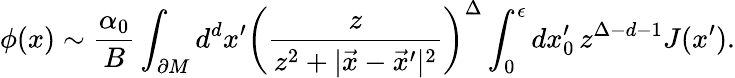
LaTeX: \phi(x)\sim{\frac{\alpha_{0}}{B}}\int_{\partial M}d^{d}x^{\prime}\left(\frac{z}{z^{2}+|\vec{x}-\vec{x}^{\prime}|^{2}}\right)^{\Delta}\int_{0}^{\epsilon}dx_{0}^{\prime}\, {z}^{\Delta-d-1}J(x^{\prime}).